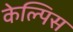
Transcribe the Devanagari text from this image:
केल्पिस